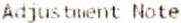
ADJUSTMENT NOTE